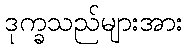
ဒုက္ခသည်များအား